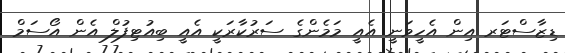
ޑިޒާސްޓަރ އިން އެހީވަނީ އެއީ މަމެންގެ ސަރުކާރަކީ އެއީ ބިއުޓިފުލް އެން އޯސަމް